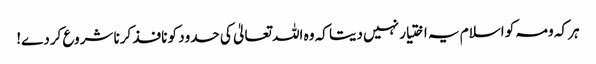
ہر کہ ومہ کو اسلام یہ اختیار نہیں دیتا کہ وہ اللہ تعالیٰ کی حدود کو نافذ کرنا شروع کردے!